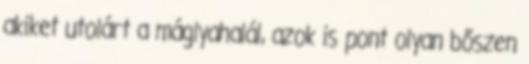
akiket utolárt a máglyahalál, azok is pont olyan bőszen